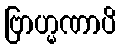
ဗြာဟ္မဏာပိ